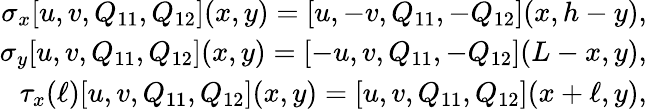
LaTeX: \begin{array}{r}{\sigma_{x}[u,v,Q_{11},Q_{12}](x,y)=[u,-v,Q_{11},-Q_{12}](x,h-y),}\\ {\sigma_{y}[u,v,Q_{11},Q_{12}](x,y)=[-u,v,Q_{11},-Q_{12}](L-x,y),}\\ {\tau_{x}(\ell)[u,v,Q_{11},Q_{12}](x,y)=[u,v,Q_{11},Q_{12}](x+\ell,y),}\end{array}